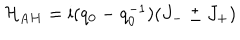
LaTeX: { \cal H } _ { \mathrm A H } = { \mathrm i } ( q _ { 0 } - q _ { 0 } ^ { - 1 } ) ( J _ { - } \pm J _ { + } )